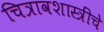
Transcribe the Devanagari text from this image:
चित्रावशास्त्रींचे